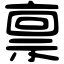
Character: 禀